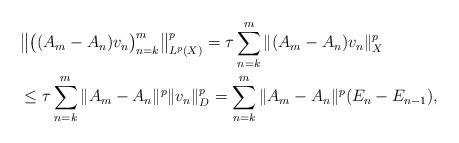
LaTeX: \begin{align*}&{}\big\|\big ( (A_m - A_n ) v_n \big )_{n=k}^m \big\|_{L^p(X)}^p=\tau\sum_{n=k}^m \| (A_m - A_n ) v_n\|_{X}^p\\&{}\le \tau\sum_{n=k}^m \|A_m - A_n\|^p\|v_n\|_{D}^p=\sum_{n=k}^m \|A_m - A_n\|^p(E_n-E_{n-1}),\end{align*}